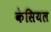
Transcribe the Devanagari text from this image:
केसियल